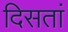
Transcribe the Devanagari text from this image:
दिसतां